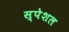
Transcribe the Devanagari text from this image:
स्‍पेशल